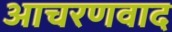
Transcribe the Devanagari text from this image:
आचरणवाद